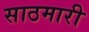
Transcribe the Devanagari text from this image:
साठमारी